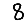
Digit: 8